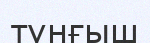
түнғыш